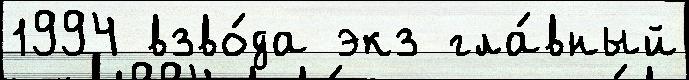
1994 взво́да экз гла́вный